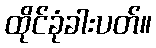
ထိုင်ခုံခါးပတ်။